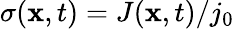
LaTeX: \sigma(\mathbf{x},t)=J(\mathbf{x},t)/j_{0}